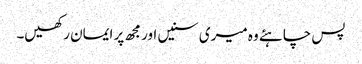
پس چاہئے وہ میری سنیں اور مجھ پر ایمان رکھیں۔